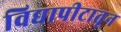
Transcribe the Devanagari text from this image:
विद्यापीटातून